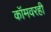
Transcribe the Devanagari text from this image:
कॉमवरही